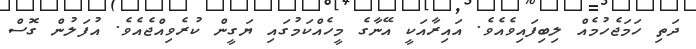
ދަތި ހަމަޖެހުމެއް ލިބިފައިވެއެވެ. އައިރާއަކީ އޭނާގެ މީހެއްކަމުގައި ޔަގީން ކުރެވިއްޖެއެވެ. އުފަލުން ގޮސް